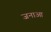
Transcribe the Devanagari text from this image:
जनाआ